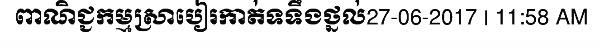
ពាណិជ្ជកម្មស្រាបៀរកាត់ទទឹងថ្នល់27-06-2017 | 11:58 AM